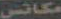
مكانس